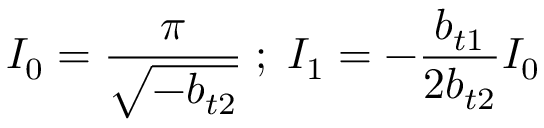
I _ { 0 } = \frac { \pi } { \sqrt { - b _ { t 2 } } } \; ; \; I _ { 1 } = - \frac { b _ { t 1 } } { 2 b _ { t 2 } } I _ { 0 } \;